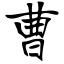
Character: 曹